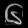
Digit: ၆